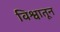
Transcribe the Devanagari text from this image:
विश्वातून